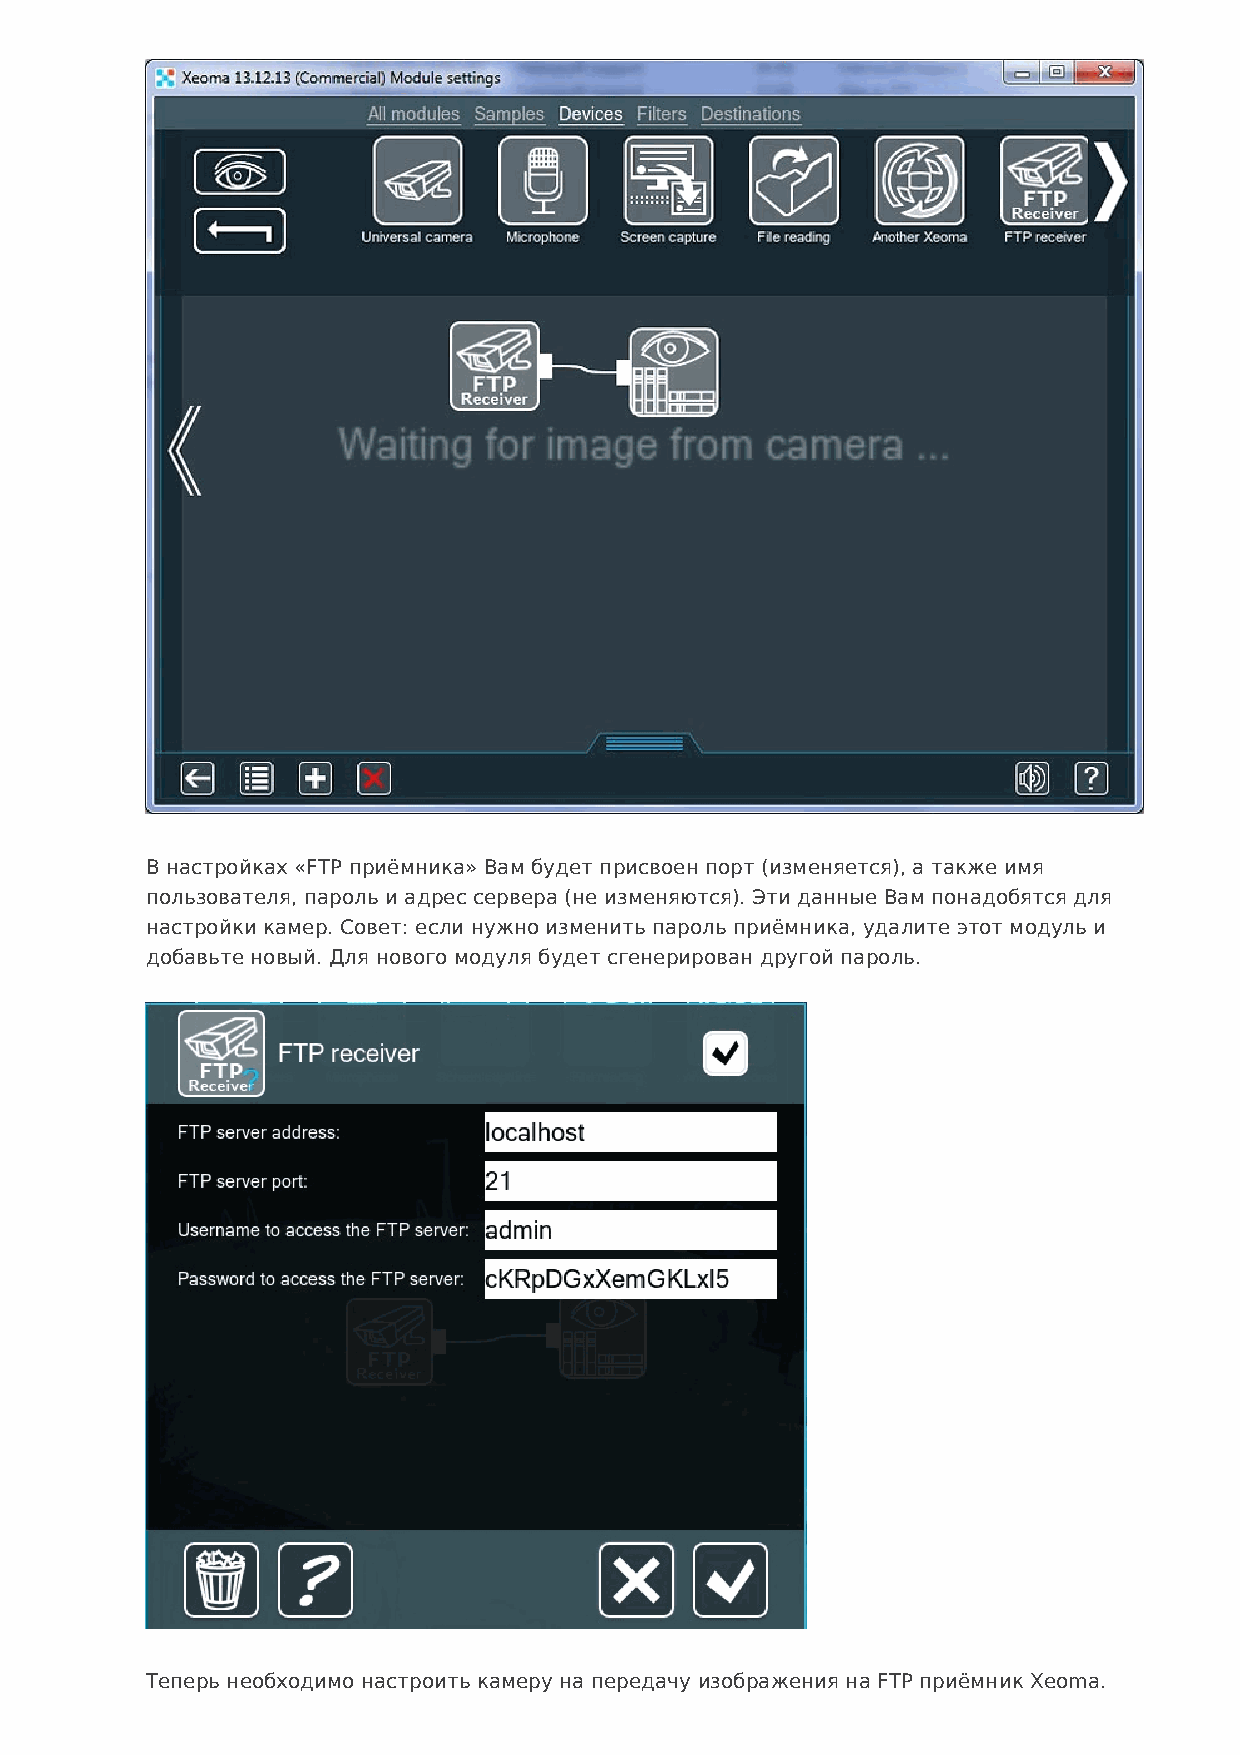
В настройках «FTP приёмника» Вам будет присвоен порт (изменяется), а также имя
 пользователя, пароль и адрес сервера (не изменяются). Эти данные Вам понадобятся для
 настройки камер. Совет: если нужно изменить пароль приёмника, удалите этот модуль и
 добавьте новый. Для нового модуля будет сгенерирован другой пароль.
 Теперь необходимо настроить камеру на передачу изображения на FTP приёмник Xeoma.